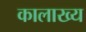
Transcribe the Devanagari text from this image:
कालाख्य